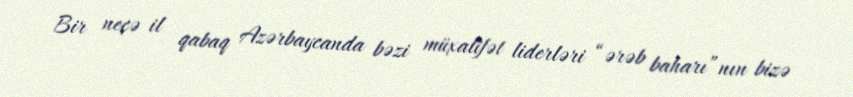
Bir neçə il qabaq Azərbaycanda bəzi müxalifət liderləri “ərəb baharı”nın bizə